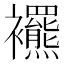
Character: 𧟍